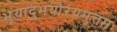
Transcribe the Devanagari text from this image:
भूयादुभयोरयमुत्तमः